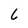
Character: 6